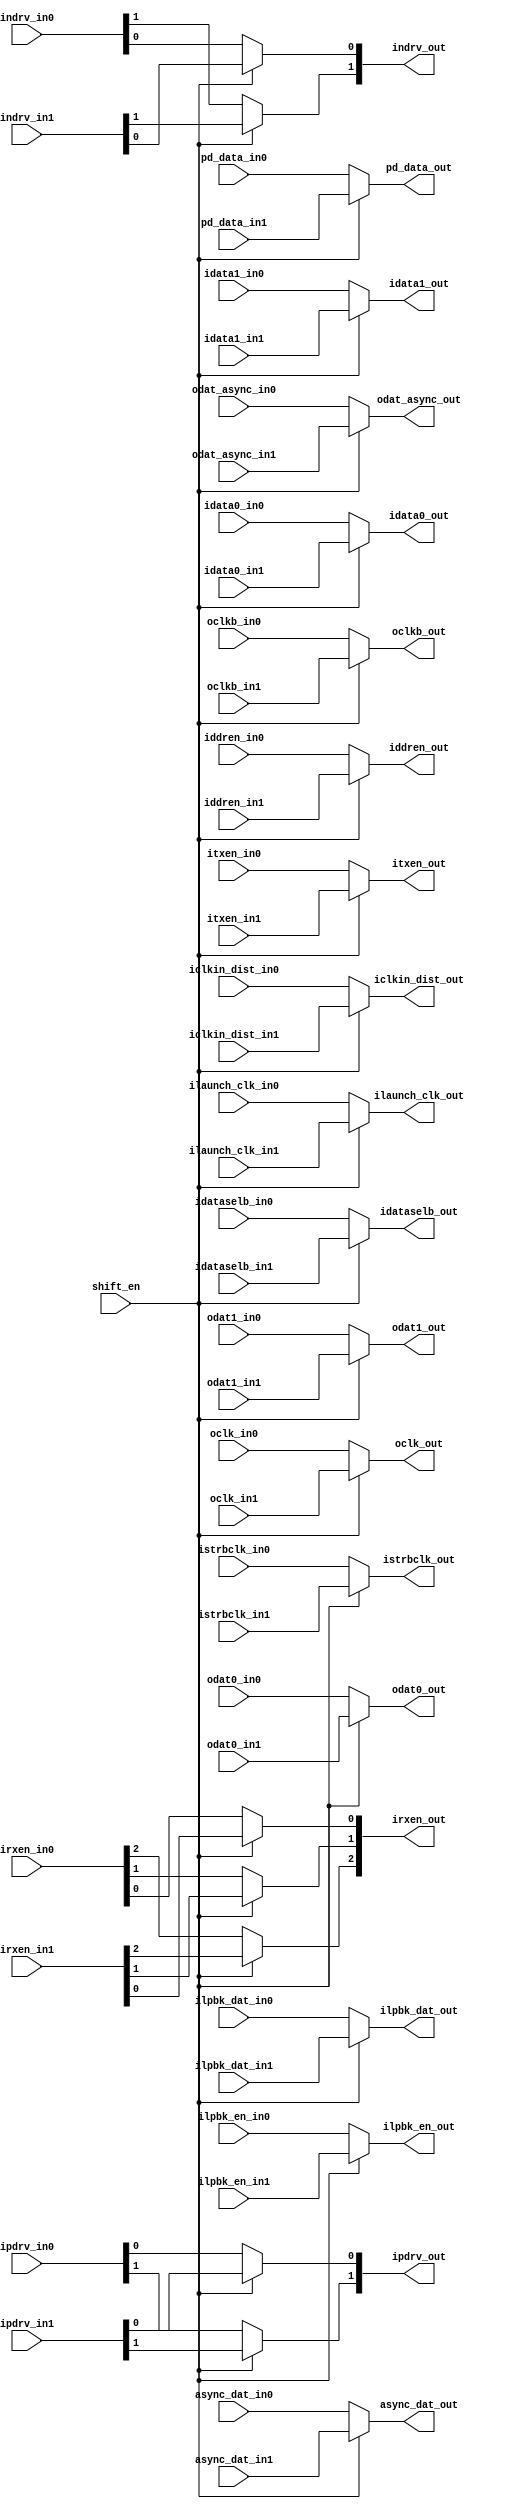
// This program was cloned from: https://github.com/chipsalliance/aib-phy-hardware
// License: Apache License 2.0

// SPDX-License-Identifier: Apache-2.0
// Copyright (C) 2019 Intel Corporation. 
module aibnd_redundancy ( //input of input mux
pd_data_in1, pd_data_in0, iclkin_dist_in1, iclkin_dist_in0, idata0_in1, idata0_in0, idata1_in1, idata1_in0, 
idataselb_in1, idataselb_in0, iddren_in1, iddren_in0, ilaunch_clk_in1, ilaunch_clk_in0, ilpbk_dat_in1, ilpbk_dat_in0, ilpbk_en_in1, ilpbk_en_in0, 
irxen_in1, irxen_in0, istrbclk_in1, istrbclk_in0, itxen_in1, itxen_in0, indrv_in1, indrv_in0, ipdrv_in1, ipdrv_in0, async_dat_in1, async_dat_in0, 
//Output of input mux
iclkin_dist_out, idata0_out, idata1_out, idataselb_out, iddren_out,  ilaunch_clk_out, ilpbk_dat_out, ilpbk_en_out, 
irxen_out, istrbclk_out, itxen_out, indrv_out, ipdrv_out, async_dat_out,

//input of output mux
oclkb_in1, oclkb_in0, oclk_in1, oclk_in0, odat0_in1, odat0_in0, odat1_in1, odat1_in0, odat_async_in1, odat_async_in0,

//Output of output mux
pd_data_out, oclkb_out, oclk_out, odat0_out, odat1_out, odat_async_out,

//Mux selection signal
shift_en	//Removed VCCL & VSS port

);

//Power Supply
//input  vccl, vssl;

//Mux selection signal
input shift_en;

//input of input mux
input iclkin_dist_in1, iclkin_dist_in0;
input idata0_in1, idata0_in0; 
input idata1_in1, idata1_in0;
input idataselb_in1, idataselb_in0;
input iddren_in1, iddren_in0;
input ilaunch_clk_in1, ilaunch_clk_in0;
input ilpbk_dat_in1, ilpbk_dat_in0;
input ilpbk_en_in1, ilpbk_en_in0;
input [2:0] irxen_in1, irxen_in0;
input istrbclk_in1, istrbclk_in0;
input itxen_in1, itxen_in0; 
input [1:0] indrv_in1, indrv_in0; 
input [1:0] ipdrv_in1, ipdrv_in0;
input async_dat_in1, async_dat_in0;

//output of input mux
output iclkin_dist_out;
output idata0_out; 
output idata1_out;
output idataselb_out;
output iddren_out;
output ilaunch_clk_out;
output ilpbk_dat_out;
output ilpbk_en_out;
output [2:0] irxen_out;
output istrbclk_out;
output itxen_out; 
output [1:0] indrv_out; 
output [1:0] ipdrv_out;
output async_dat_out;


//input of output mux
input pd_data_in1, pd_data_in0;
input oclkb_in1, oclkb_in0;
input oclk_in1, oclk_in0; 
input odat0_in1, odat0_in0; 
input odat1_in1, odat1_in0;
input odat_async_in1, odat_async_in0;

//output of output mux
output pd_data_out;
output oclkb_out;
output oclk_out;
output odat0_out; 
output odat1_out;
output odat_async_out;

// Buses in the design


//input mux
assign iclkin_dist_out = shift_en? iclkin_dist_in1 : iclkin_dist_in0 ;
assign idata0_out = shift_en? idata0_in1 : idata0_in0;
assign idata1_out = shift_en? idata1_in1 : idata1_in0;
assign idataselb_out = shift_en? idataselb_in1 : idataselb_in0 ;
assign iddren_out = shift_en? iddren_in1 : iddren_in0;
assign ilaunch_clk_out = shift_en? ilaunch_clk_in1 : ilaunch_clk_in0 ;
assign ilpbk_dat_out = shift_en? ilpbk_dat_in1 : ilpbk_dat_in0 ;
assign ilpbk_en_out = shift_en? ilpbk_en_in1 : ilpbk_en_in0 ;
assign irxen_out[2] = shift_en? irxen_in1[2] : irxen_in0[2];
assign irxen_out[1] = shift_en? irxen_in1[1] : irxen_in0[1];
assign irxen_out[0] = shift_en? irxen_in1[0] : irxen_in0[0];
assign istrbclk_out = shift_en? istrbclk_in1 : istrbclk_in0;
assign itxen_out = shift_en? itxen_in1 : itxen_in0;
assign indrv_out[1] = shift_en? indrv_in1[1] : indrv_in0[1];
assign indrv_out[0] = shift_en? indrv_in1[0] : indrv_in0[0];
assign ipdrv_out[1] = shift_en? ipdrv_in1[1] : ipdrv_in0[1];
assign ipdrv_out[0] = shift_en? ipdrv_in1[0] : ipdrv_in0[0];
assign async_dat_out = shift_en? async_dat_in1 : async_dat_in0;

//output mux
assign pd_data_out = shift_en? pd_data_in1 : pd_data_in0;
assign oclkb_out = shift_en? oclkb_in1 : oclkb_in0;
assign oclk_out = shift_en? oclk_in1 : oclk_in0;
assign odat0_out = shift_en? odat0_in1 : odat0_in0;
assign odat1_out = shift_en? odat1_in1 : odat1_in0;
assign odat_async_out = shift_en? odat_async_in1 : odat_async_in0;

endmodule